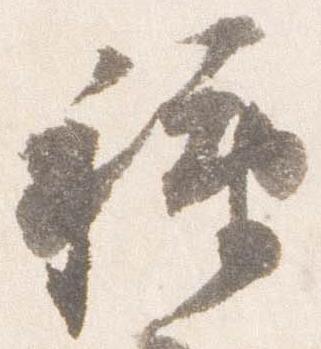
種